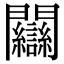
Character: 𨷻